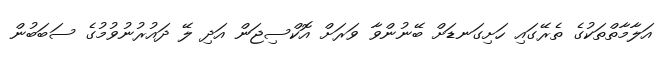
އަލާމާތްތަކުގެ ތެރޭގައި ހަށިގަނޑަށް ބޭނުންވާ ވަރަށް އޮކްސިޖަން އަދި ލޭ ދައުރުނުވުމުގެ ސަބަބުން